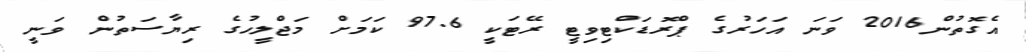
އެގޮތުން2016 ވަނަ އަހަރުގެ ޕްރޮޑަކްޓިވިޓީ ރޭޓަކީ 97.6 ކަމަށް މަޖްލީހުގެ ރިޔާސަތުން ވަނީ